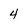
Character: 4